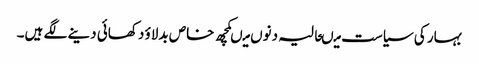
بہار کی سیاست میںحالیہ دنوں میںکچھ خاص بدلاؤ دکھائی دینے لگے ہیں۔